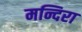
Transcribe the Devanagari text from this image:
मन्दिरा